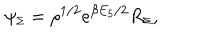
\psi _ { \scriptscriptstyle \Sigma } = \rho ^ { 1 / 2 } e ^ { \beta E _ { 5 } / 2 } R _ { \scriptscriptstyle \Sigma } ,